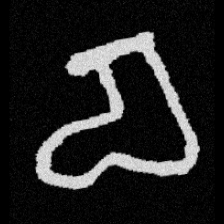
Pyu character \u2014 Myanmar letter: စ (romanized: ca)